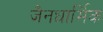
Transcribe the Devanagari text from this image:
जैनधार्मिक